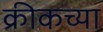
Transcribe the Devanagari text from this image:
क्रीकच्या